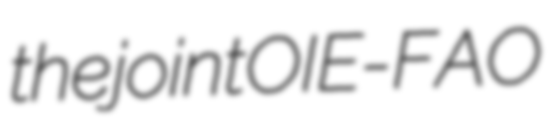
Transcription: the joint OIE-FAO